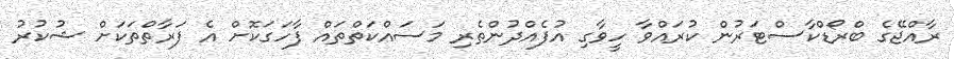
ރާއްޖޭގެ ބްރޯޑްކާސްޓަރުން ކުރައްވާ ހީވާގި އުފެއްދުންތެރި މަސައްކަތްތައް ފާހަގަކޮށް އެ ފަރާތްތަކަށް ޝުކުރު